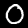
Label: 0